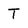
Character: T